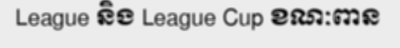
League និង League Cup ខណៈពាន